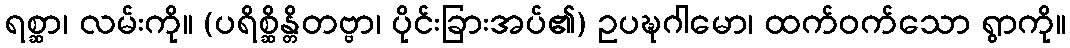
ရစ္ဆာ၊ လမ်းကို။ (ပရိစ္ဆိန္တိတဗ္ဗာ၊ ပိုင်းခြားအပ်၏) ဥပဍ္ဎဂါမော၊ ထက်ဝက်သော ရွာကို။